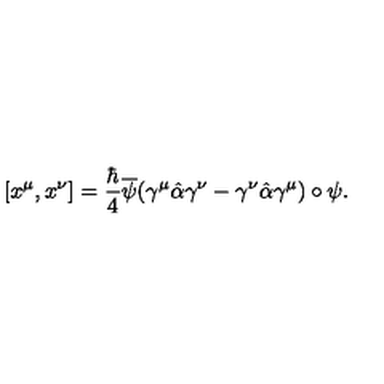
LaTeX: [ x ^ { \mu } , x ^ { \nu } ] = \frac { \hbar } { 4 } \overline { { \psi } } ( \gamma ^ { \mu } \hat { \alpha } \gamma ^ { \nu } - \gamma ^ { \nu } \hat { \alpha } \gamma ^ { \mu } ) \circ \psi .